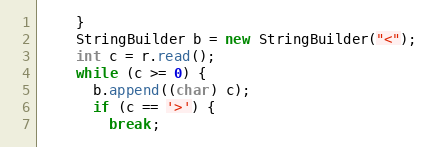
Language: Java
    }
    StringBuilder b = new StringBuilder("<");
    int c = r.read();
    while (c >= 0) {
      b.append((char) c);
      if (c == '>') {
        break;